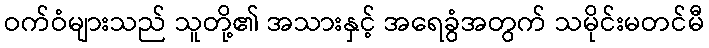
ဝက်ဝံများသည် သူတို့၏ အသားနှင့် အရေခွံအတွက် သမိုင်းမတင်မီ